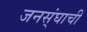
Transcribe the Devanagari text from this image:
जनस्ंघाची